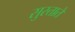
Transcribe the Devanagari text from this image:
सुस्ताते